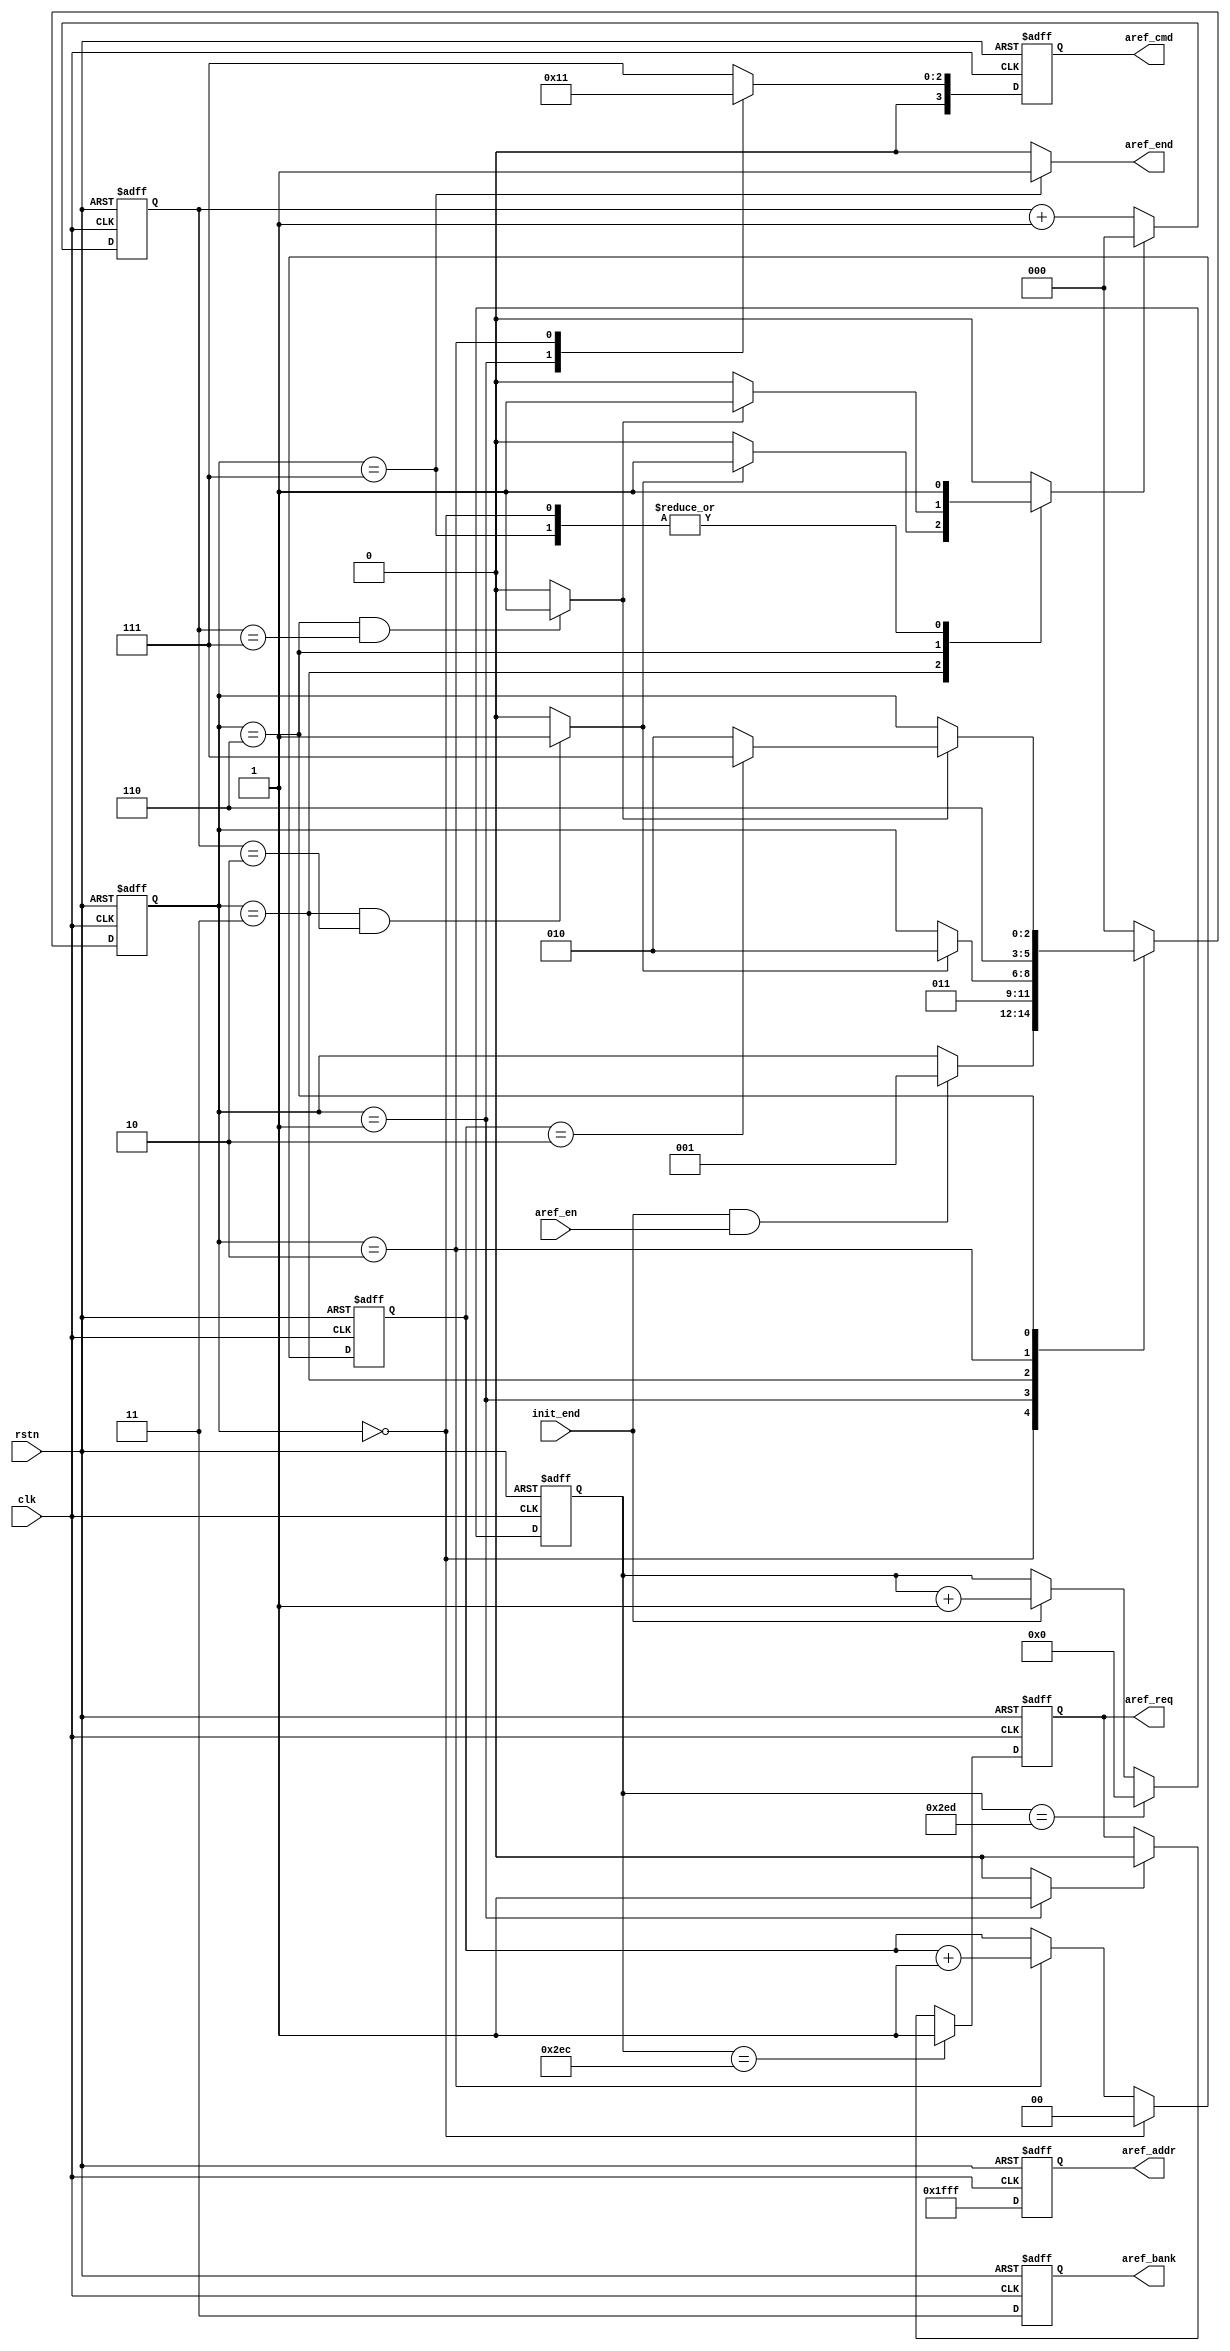
//============================================================================//
// ****************************** Informations ****************************** //
//============================================================================//
// Auther       :   Crista Y.Z.Li 
// Module name  :   sdram_aref
// Project name :   sdram_controller 
// Device       :   Intel Altera EP4CE10F17C8
//                  winbond W9825G6KH-6
// Tool Version :   Quartus Prime 18.0 
//                  ModelsimSE-64 2020.4
// Descreption  :   SDRAM Controller Auto-refresh Module
//
//============================================================================//

module sdram_aref (
    input                               clk                 ,
    input                               rstn                ,
    input                               init_end            ,
    input                               aref_en             ,

    output  wire                        aref_end            ,
    output  reg     [3:0]               aref_cmd            ,
    output  reg     [1:0]               aref_bank           ,
    output  reg     [12:0]              aref_addr           ,
    output  reg                         aref_req            


);

//============================================================================//
// ********************* parameters & Internal Signals ********************** //
//============================================================================//
// Maximum Timer Delay Value
// Timing 7.5us (required to be less than 7.8125us)
parameter       CNT_REF_MAX             =       10'd749                 ;
parameter       TRP                     =       3'd2                    ;
parameter       TRF                     =       3'd7                    ;
// states of State Machine
localparam      AREF_IDLE               =       3'b000                  ;
localparam      AREF_PREC               =       3'b001                  ;
localparam      AREF_TRP                =       3'b011                  ;
localparam      AUTO_REF                =       3'b010                  ;
localparam      AREF_TRF                =       3'b110                  ;
localparam      AREF_END                =       3'b111                  ;
// commands
localparam      NOP                     =       4'b0111                 ;
localparam      PREC                    =       4'b0010                 ;
localparam      AREF                    =       4'b0001                 ;

wire                                            aref_ack                ;
wire                                            trp_end                 ;
wire                                            trf_end                 ;

reg                 [9:0]                       cnt_ref                 ;
reg                 [2:0]                       aref_state              ;
reg                 [2:0]                       cnt_clk                 ;
reg                                             cnt_clk_rst             ;

reg                 [1:0]                       cnt_aref                ;

//============================================================================//
// ******************************* Main Code ******************************** //
//============================================================================//
// refresh counter
always @(posedge clk or negedge rstn) begin
    if (rstn == 1'b0)
        cnt_ref     <=      10'd0;
    else if (cnt_ref == CNT_REF_MAX)
        cnt_ref     <=      10'd0;
    else if (init_end == 1'b1)
        cnt_ref     <=      cnt_ref + 1'b1;
end
// request of auto-refresh
always @(posedge clk or negedge rstn) begin
    if (rstn == 1'b0)
        aref_req    <=      1'b0;
    else if (cnt_ref == CNT_REF_MAX - 1'b1)
        aref_req    <=      1'b1;
    else if (aref_ack == 1'b1)
        aref_req    <=      1'b0;
end

assign aref_ack = (aref_state == AREF_PREC) ? 1'b1 : 1'b0;
// ----------------------------- state machine ------------------------------ //
always @(posedge clk or negedge rstn) begin
    if (rstn == 1'b0)
        aref_state  <=      AREF_IDLE;
    else case (aref_state)
        AREF_IDLE :
            if ((init_end == 1'b1) && (aref_en == 1'b1))
                aref_state      <=      AREF_PREC;
            else
                aref_state      <=      aref_state;
        AREF_PREC :
            aref_state      <=      AREF_TRP;
        AREF_TRP  :
            if (trp_end == 1'b1)
                aref_state      <=      AUTO_REF;
            else
                aref_state      <=      aref_state;
        AUTO_REF  :
            aref_state      <=      AREF_TRF;
        AREF_TRF  :
            if (trf_end == 1'b1)
                if (cnt_aref == 2'd2)
                    aref_state      <=      AREF_END;
                else
                    aref_state      <=      AUTO_REF;
            else
                aref_state      <=      aref_state;
        AREF_END  :
            aref_state      <=      AREF_IDLE;
        default   :
            aref_state      <=      AREF_IDLE;
    endcase
end

always @(posedge clk or negedge rstn) begin
    if (rstn == 1'b0)
        cnt_clk     <=  3'd0;
    else if (cnt_clk_rst == 1'b1)
        cnt_clk     <=  3'd0;
    else
        cnt_clk     <=  cnt_clk + 1'b1;
end
// -------------------------------------------------------------------------- //
// counter reset signal
always @( *) begin
    case (aref_state)
        AREF_IDLE : cnt_clk_rst     <=  1'b1;
        AREF_TRP  : cnt_clk_rst     <=  (trp_end == 1'b1) ? 1'b1 : 1'b0;
        AREF_TRF  : cnt_clk_rst     <=  (trf_end == 1'b1) ? 1'b1 : 1'b0;
        AREF_END  : cnt_clk_rst     <=  1'b1;
        default   : cnt_clk_rst     <=  1'b0;
    endcase
end

assign trp_end = ((aref_state == AREF_TRP) && (cnt_clk == TRP)) ? 1'b1 : 1'b0;
assign trf_end = ((aref_state == AREF_TRF) && (cnt_clk == TRF)) ? 1'b1 : 1'b0;
// refresh twice
always @(posedge clk or negedge rstn) begin
    if (rstn == 1'b0)
        cnt_aref    <=  2'd0;
    else if (aref_state == AREF_IDLE)
        cnt_aref    <=  2'd0;
    else if (aref_state == AUTO_REF)
        cnt_aref    <=  cnt_aref + 1'b1;
    else 
        cnt_aref    <=  cnt_aref;
end
// commands
always @(posedge clk or negedge rstn) begin
    if (rstn == 1'b0) begin
        aref_cmd    <=      NOP;
        aref_bank   <=      2'b11;
        aref_addr   <=      13'h1fff;
    end
    else case (aref_state)
        AREF_IDLE,AREF_TRP,AREF_TRF,AREF_END :
            begin
                aref_cmd    <=      NOP;
                aref_bank   <=      2'b11;
                aref_addr   <=      13'h1fff;
            end
        AREF_PREC:
            begin
                aref_cmd    <=      PREC;
                aref_bank   <=      2'b11;
                aref_addr   <=      13'h1fff;
            end
        AUTO_REF :
            begin
                aref_cmd    <=      AREF;
                aref_bank   <=      2'b11;
                aref_addr   <=      13'h1fff;
            end
        default :
            begin
                aref_cmd    <=      NOP;
                aref_bank   <=      2'b11;
                aref_addr   <=      13'h1fff;
            end
    endcase
end
// end flag
assign aref_end = (aref_state == AREF_END) ? 1'b1 : 1'b0;

endmodule //sdram_aref